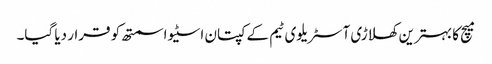
میچ کا بہترین کھلاڑی آسٹریلوی ٹیم کے کپتان اسٹیو اسمتھ کو قرار دیا گیا۔